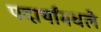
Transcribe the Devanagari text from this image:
पदार्थांमधले